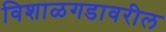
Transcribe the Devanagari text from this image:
विशाळगडावरील